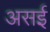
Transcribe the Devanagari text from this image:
असई